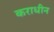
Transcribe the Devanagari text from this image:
कराधीन